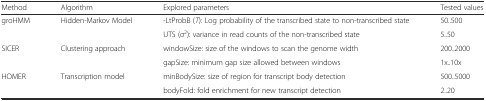
| Method | Algorithm | Explored parameters | Tested values |
 | --- | --- | --- | --- |
 | <ROWSPAN=2> groHMM | <ROWSPAN=2> Hidden-Markov Model | -LtProbB (T): Log probability of the transcribed state to non-transcribed state | 50..500 |
 | UTS (σ2): variance in read counts of the non-transcribed state | 5..50 |
 | <ROWSPAN=2> SICER | <ROWSPAN=2> Clustering approach | windowSize: size of the windows to scan the genome width | 200..2000 |
 | gapSize: minimum gap size allowed between windows | 1x..10x |
 | <ROWSPAN=2> HOMER | <ROWSPAN=2> Transcription model | minBodySize: size of region for transcript body detection | 500..5000 |
 | bodyFold: fold enrichment for new transcript detection | 2..20 |